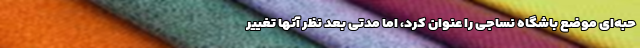
حبه‌ای موضع باشگاه نساجی را عنوان کرد، اما مدتی بعد نظر آنها تغییر